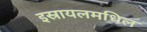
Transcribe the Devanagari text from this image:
इस्रायलमधिल